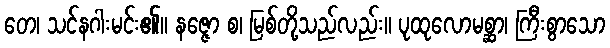
တေ၊ သင်နဂါးမင်း၏။ နဇ္ဇော စ၊ မြစ်တို့သည်လည်း။ ပုထုလောမစ္ဆာ၊ ကြီးစွာသော